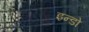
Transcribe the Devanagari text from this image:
इन्डो